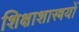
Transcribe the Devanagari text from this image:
शिक्षाशास्त्रयों